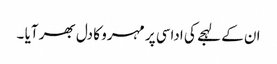
ان کے لہجے کی اداسی پر مہرو کا دل بھر آیا ۔